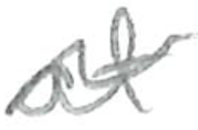
Text: at
Cross-out: wave
Writing tool: pencil